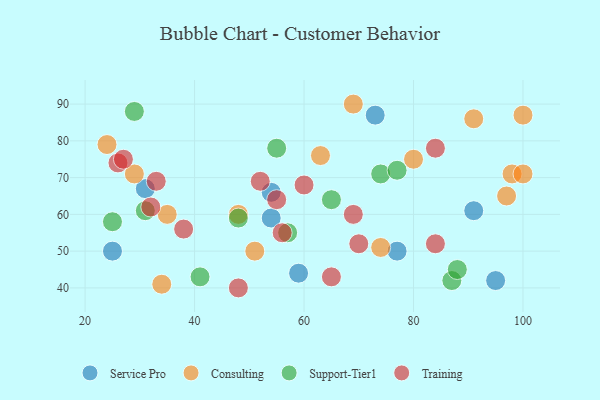
{"axis": {"x": "GDP", "y": "Life Expectancy"}, "legend": ["Consulting", "Service Pro", "Support-Tier1", "Training"], "data": [{"x": "95", "y": 42, "type": "Service Pro"}, {"x": "77", "y": 50, "type": "Service Pro"}, {"x": "54", "y": 66, "type": "Service Pro"}, {"x": "73", "y": 87, "type": "Service Pro"}, {"x": "25", "y": 50, "type": "Service Pro"}, {"x": "59", "y": 44, "type": "Service Pro"}, {"x": "31", "y": 67, "type": "Service Pro"}, {"x": "54", "y": 59, "type": "Service Pro"}, {"x": "91", "y": 61, "type": "Service Pro"}, {"x": "63", "y": 76, "type": "Consulting"}, {"x": "98", "y": 71, "type": "Consulting"}, {"x": "74", "y": 51, "type": "Consulting"}, {"x": "97", "y": 65, "type": "Consulting"}, {"x": "35", "y": 60, "type": "Consulting"}, {"x": "34", "y": 41, "type": "Consulting"}, {"x": "100", "y": 71, "type": "Consulting"}, {"x": "80", "y": 75, "type": "Consulting"}, {"x": "29", "y": 71, "type": "Consulting"}, {"x": "48", "y": 60, "type": "Consulting"}, {"x": "69", "y": 90, "type": "Consulting"}, {"x": "91", "y": 86, "type": "Consulting"}, {"x": "100", "y": 87, "type": "Consulting"}, {"x": "51", "y": 50, "type": "Consulting"}, {"x": "24", "y": 79, "type": "Consulting"}, {"x": "25", "y": 58, "type": "Support-Tier1"}, {"x": "31", "y": 61, "type": "Support-Tier1"}, {"x": "55", "y": 78, "type": "Support-Tier1"}, {"x": "57", "y": 55, "type": "Support-Tier1"}, {"x": "29", "y": 88, "type": "Support-Tier1"}, {"x": "74", "y": 71, "type": "Support-Tier1"}, {"x": "41", "y": 43, "type": "Support-Tier1"}, {"x": "65", "y": 64, "type": "Support-Tier1"}, {"x": "87", "y": 42, "type": "Support-Tier1"}, {"x": "77", "y": 72, "type": "Support-Tier1"}, {"x": "48", "y": 59, "type": "Support-Tier1"}, {"x": "88", "y": 45, "type": "Support-Tier1"}, {"x": "60", "y": 68, "type": "Training"}, {"x": "48", "y": 40, "type": "Training"}, {"x": "56", "y": 55, "type": "Training"}, {"x": "84", "y": 52, "type": "Training"}, {"x": "84", "y": 78, "type": "Training"}, {"x": "52", "y": 69, "type": "Training"}, {"x": "38", "y": 56, "type": "Training"}, {"x": "69", "y": 60, "type": "Training"}, {"x": "70", "y": 52, "type": "Training"}, {"x": "32", "y": 62, "type": "Training"}, {"x": "55", "y": 64, "type": "Training"}, {"x": "26", "y": 74, "type": "Training"}, {"x": "33", "y": 69, "type": "Training"}, {"x": "27", "y": 75, "type": "Training"}, {"x": "65", "y": 43, "type": "Training"}]}